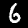
Label: 6